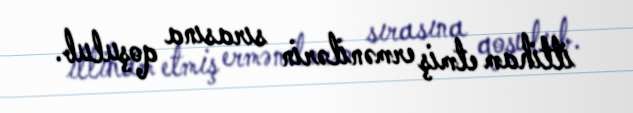
ittiham etmiş ermənilərin sırasına qoşulub.